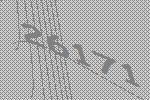
26171